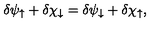
\delta \psi _ { \uparrow } + \delta \chi _ { \downarrow } = \delta \psi _ { \downarrow } + \delta \chi _ { \uparrow } ,